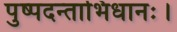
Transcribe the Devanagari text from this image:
पुष्पदन्ताभिधानः।